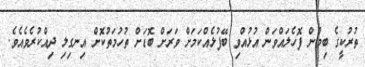
ތުރުކީގެ ބިމުން ފޮހެލައްވަން އުޅުއްވި ބޭފުޅެއްކަމަށް ވަރަށް ބޮޑަށް ތުހުމަތުކޮށް އިނގިލި ދިއްކުރެވެއެވެ.